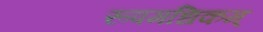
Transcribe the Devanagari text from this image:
रूपमधिकम्